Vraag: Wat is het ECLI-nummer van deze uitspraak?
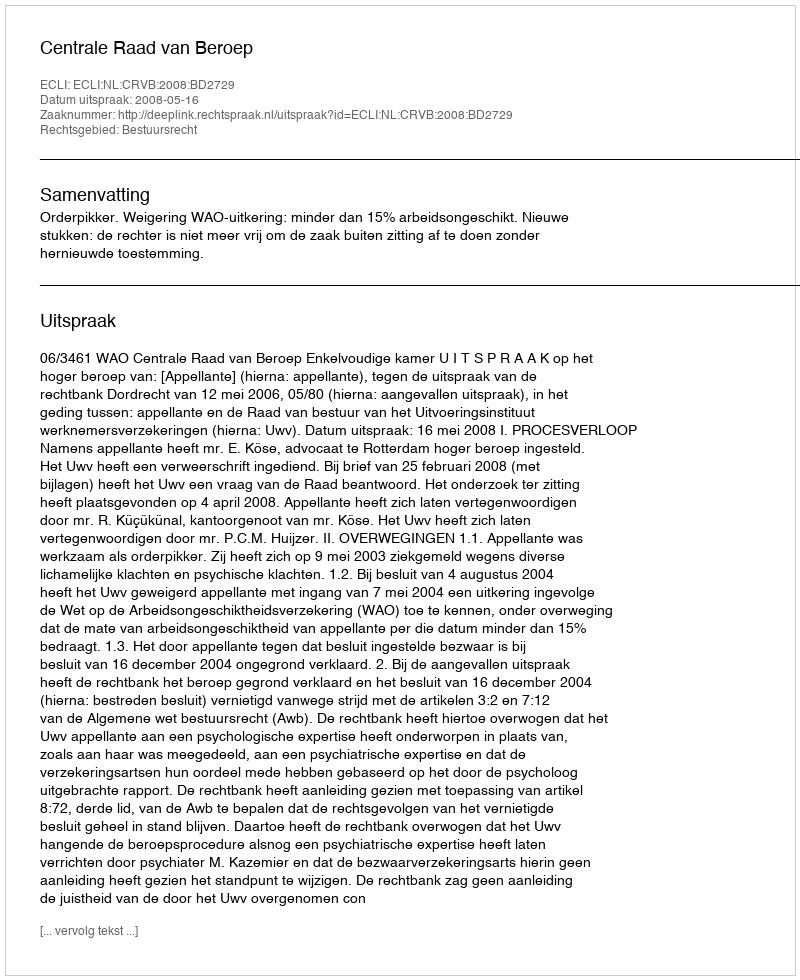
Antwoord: ECLI:NL:CRVB:2008:BD2729